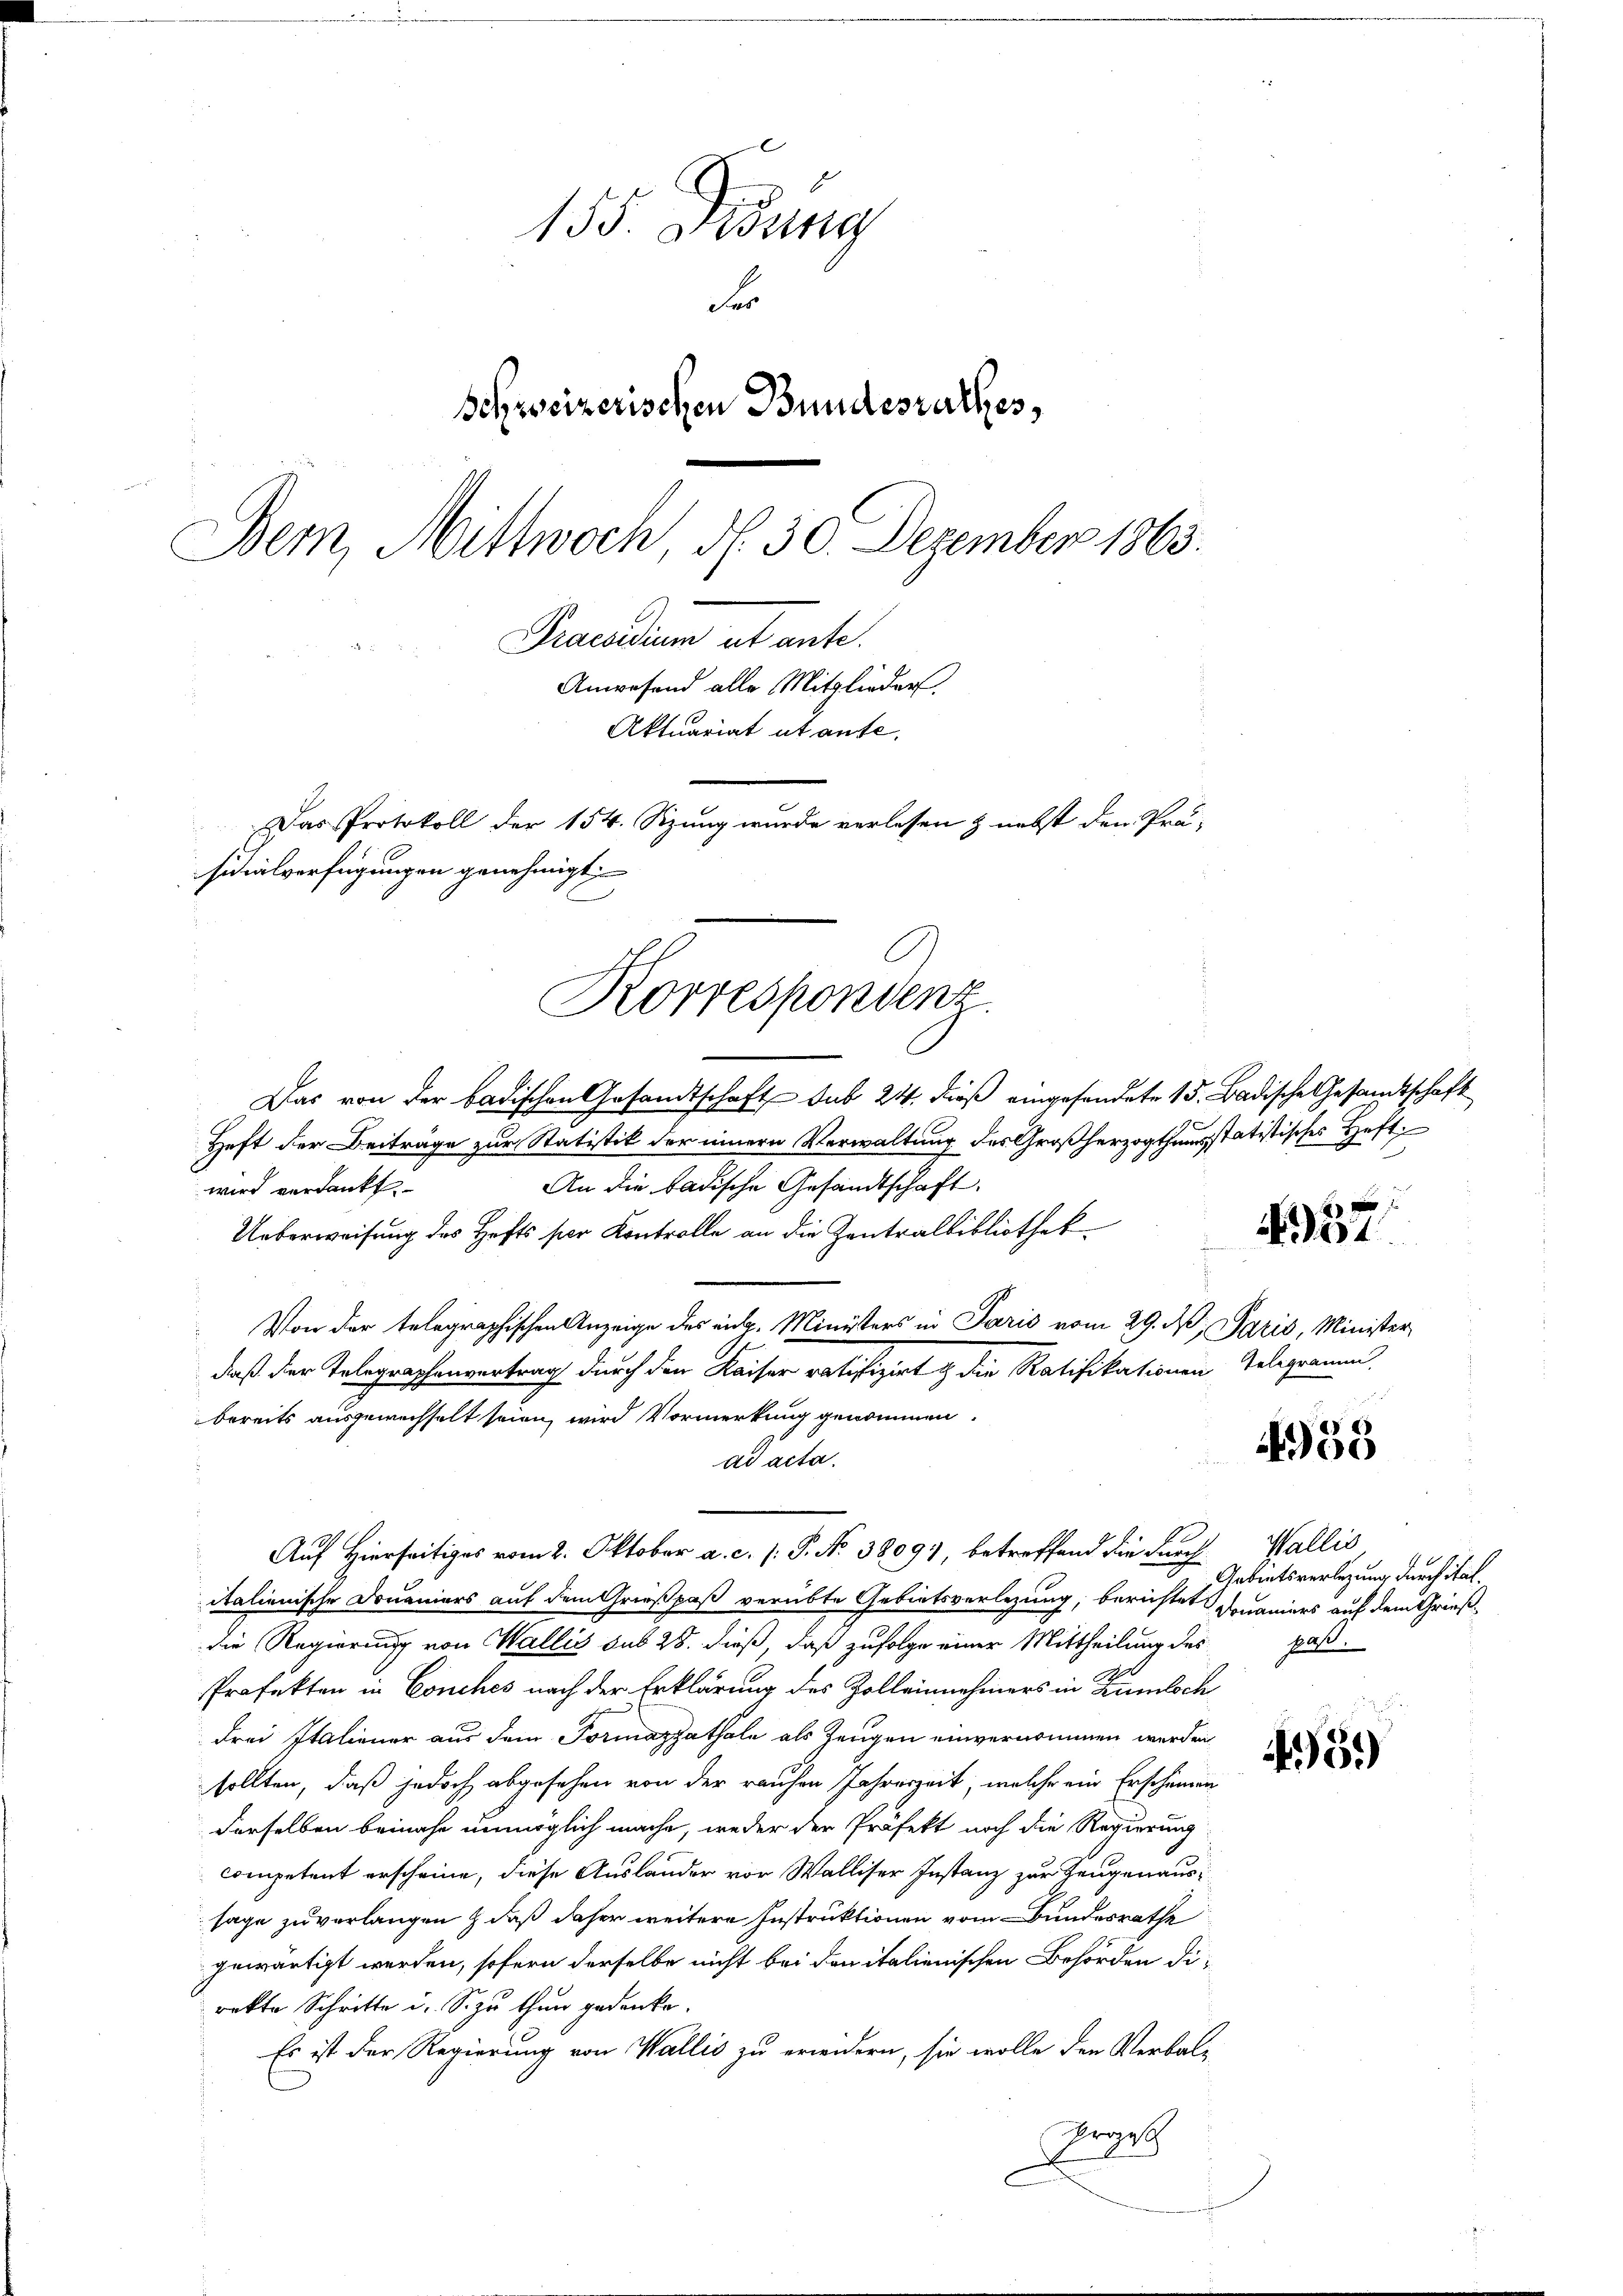
155. Denung
F
Schweizerischen Bundesrathes,
Bem, Mittwoch, d. 30. Dezember 1863.
Praedium ab ante.
Anwesend alle Mitglieder.
Aktuariat ut aufe,
Das Protokoll der 154. Sizung wurde verlesen & nebst den Prä-
sicialverfügungen genehmigt

Das von der badischen Gesandtschaft sub 24. dieß eingesendete 15. Badische Gesandtschaft
Heft der Beiträge zur Statistik der innern Verwaltung des Großherzogthumsstatistisches Heft
An die badische Gesandtschaft.
wird verdankt.
Ueberweisung des Hefts ser Kontrolle an die Zentralbibliothek
Von der telegraphischen Anzeige des eidg. Ministers in Paris vom 29. M. Paris, Minister
daß der Telegraphenvertrag durch den Kaiser ratifizirt die Ratifikationen Telegramm,
bereits ausgewechselt seien, wird Vormerkung genommen.
ad acta.
Pa
Auf Hierseitiges vom 2. Oktober a. c. /: P. No 38091, betreffend die durch Wallis
italienische Douaniers auf dem Grießpaß verübte Gebietsverlegung, berichtet Domaniers auf dem Grießdie Regierung von Wallis sub 28. dieß, daß zufolge einer Mittheilung des
Professon in Conches nach der Erklärung des Zolleinnehmers in Kuntsch
drei Italiener aus dem Formazzathale als Zeugen einvernommen werden
sollten, daß jedoch abgesehen von der rauhen Jahreszeit, welche ein Erscheinen
derselben beinahe unmöglich mache, weder der Präfekt noch die Regierung
competent erscheine, diese Auslander vor Walliser Instanz zur Zeugenaussage zu verlangen & daß daher weitere Instruktionen vom Bundesrathe
gewärtigt werden, sofern derselbe nicht bei den italienischen Behörden direkte Schritte u. S. zu thun gedenke.
Es ist der Regierung von Wallis zu erwidern, sie wolle den Verbal-
Ergeb

Korrespondenz.

x
01.

4958

Gebietsverlegung durch ital
pat.

45.)